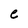
Character: e